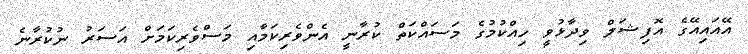
އޭއައިއޭގެ އޮފިޝަލް ވިދާޅުވީ ހިއްކުމުގެ މަސައްކަތް ކުރާނީ އެންވެރިކަމާއި މަސްވެރިކަމަށް އަސަރު ނުކުރާނެ